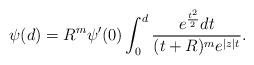
LaTeX: \begin{align*}\psi(d) = R^{m}\psi'(0) \int_{0}^{d} \frac{e^\frac{t^{2}}{2}dt}{(t+R)^{m}e^{|z|t} }.\end{align*}